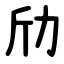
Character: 劤